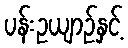
ပန်းဥယျာဉ်နှင့်